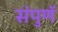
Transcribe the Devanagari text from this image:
संपुणॅ